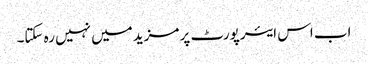
اب اس ایئرپورٹ پر مزید میں نہیں رہ سکتا۔